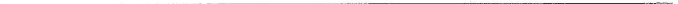
___